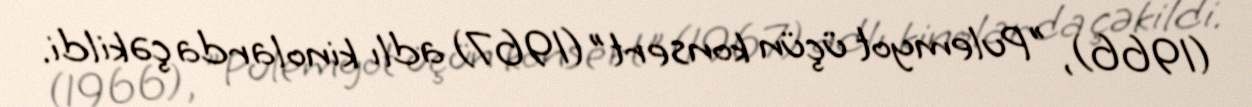
(1966), "Pulemyot üçün konsert" (1967) adlı kinolarda çəkildi.